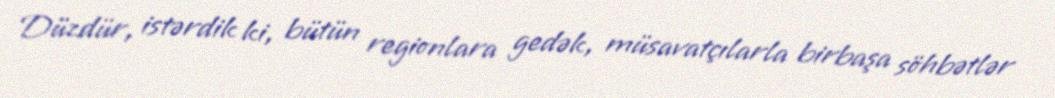
Düzdür, istərdik ki, bütün regionlara gedək, müsavatçılarla birbaşa söhbətlər